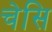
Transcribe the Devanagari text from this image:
चेसि